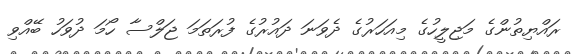
ރައްޔިތުންގެ މަޖިލީހުގެ މިއަހަރުގެ ދެވަނަ ދައުރުގެ ފުރަތަމަ ޖަލްސާ ހޯމަ ދުވަހު ބޭއްވި